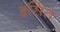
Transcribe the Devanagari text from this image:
हृसित